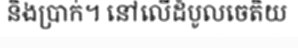
និងប្រាក់។ នៅលើដំបូលចេតិយ